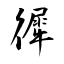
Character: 徲